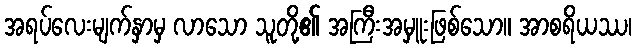
အရပ်လေးမျက်နှာမှ လာသော သူတို့၏ အကြီးအမှူးဖြစ်သော။ အာစရိယဿ၊